Medical and sanitary report of the native army of Bengal for the year
Year: 1875
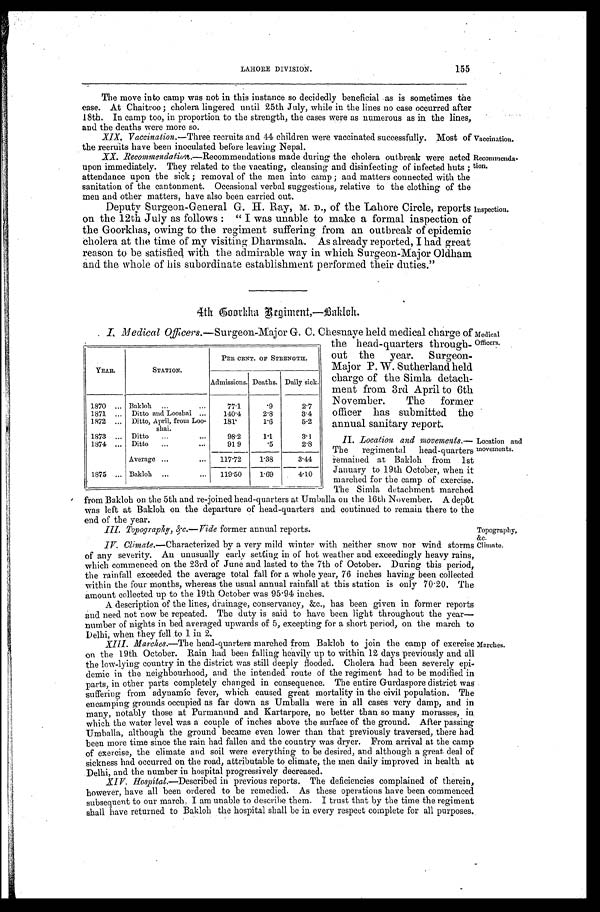
Inspection.
Medical
Officers.
Topography,
&c.
Climate.
155
LAHORE DIVISION.
The move into camp was not in this instance so decidedly beneficial as is sometimes the
case. At Chaitroo; cholera lingered until 25th July, while in the lines no ease occurred after
18th. In camp too, in proportion to the strength, the cases were as numerous as in the lines,
and the deaths were more so.
XIX. Vaccination.— Three recruits and 44 children were vaccinated successfully. Most of
the recruits have been inoculated before leaving Nepal.
Vaccination.
XX. Recommendation.—Recommendations made during the cholera outbreak were acted
upon immediately. They related to the vacating, cleansing and disinfecting of infected huts;
attendance upon the sick; removal of the men into camp; and matters connected with the
sanitation of the cantonment. Occasional verbal suggestions, relative to the clothing of the
men and other matters, have also been carried out.
Deputy Surgeon-General G. H. Ray, M. D., of the Lahore Circle, reports
on the 12th July as follows : "I was unable to make a formal inspection of
the Goorkhas, owing to the regiment suffering from an outbreak of epidemic
cholera at the time of my visiting Dharmsala. As already reported, I had great
reason to be satisfied with the admirable way in which Surgeon-Major Oldham
and the whole of his subordinate establishment performed their duties."
Recommenda-
tion.
4th Coorkha Regiment,—Bakloh.
I, Medical Officers. —Surgeon-Major G. C. Chesnaye held medical charge of
the head-quarters through-
out the year. Surgeon-
Major P. W. Sutherland held
charge of the Simla detach-
ment from 3rd April to 6th
November. The former
officer has submitted the
annual sanitary report.
II. Location and movements.—
The regimental head-quarters
remained at Bakloh from 1st
January to 19th October, when it
marched for the camp of exercise.
The Simla detachment marched
from Bakloh on the 5th and re-joined head-quarters at Umballa on the 16th November. A depôt
was left at Bakloh on the departure of head-quarters and continued to remain there to the
end of the year.
YEAR.
STATION.
PER CENT. OF STRENGTH.
Admissions. Deaths. Daily sick.
1870 . . . Bakloh . . .
77.1
.9
2.7
1871 . . .
Ditto and Looshni . . .
140.4
2.8
3.4
1872 . . .
Ditto, April, from Loo-
shai.
181
1.6
5.2
1873 . . .
Ditto . . .
98.2
1.1
3.1
1874 . . .
Ditto . . .
91. 9
.5
2.8
Average . . .
117.72
1.38
3.44
1875 . . . Bakloh . . .
119.50
1.69
4.10
Location and
movements.
III. Topography, &c.—Vide former annual reports.
IV. Climate .—Characterized by a very mild winter with neither snow nor wind storms
of any severity. An unusually early setting in of hot weather and exceedingly heavy rains,
which commenced on the 23rd of June and lasted to the 7th of October. During this period,
the rainfall exceeded the average total fall for a whole year, 76 inches having been collected
within the four months, whereas the usual annual rainfall at this station is only 70.20. The
amount collected up to the 19th October was 95.94 inches.
A description of the lines, drainage, conservancy, &c., has been given in former reports
and need not now be repeated. The duty is said to have been light throughout the year—
number of nights in bed averaged upwards of 5, excepting for a short period, on the march to
Delhi when they fell to 1 in 2.
XIII. Marches.—The head-quarters marched from Bakloh to join the camp of exercise
on the 19th. October. Rain had been falling heavily up to within 12 days previously and all
the low-lying country in the district was still deeply flooded. Cholera had been severely epi
-demic in the neighbourhood, and the intended route of the regiment had to be modified in
parts, in other parts completely changed in consequence. The entire Gurdaspore district was
suffering from adynamic fever, which caused great mortality in the civil population. The
encamping grounds occupied as far down as Umballa were in all cases very damp, and in
many, notably those at Purmanund and Kartarpore, no better than so many morasses, in
which the water level was a couple of inches above the surface of the ground. After passing
Umballa, although the ground became even lower than that previously traversed, there had
been more time since the rain had fallen and the country was dryer. From arrival at the camp
of exercise, the climate and soil were everything to be desired, and although a great deal of
sickness had occurred on the road, attributable to climate, the men daily improved in health at
Delhi and the number in hospital progressively decreased.
Marches.
XIV. Hospital.—Described
in previous reports. The deficiencies complained of therein,
however, have all been ordered to be remedied. As these operations have been commenced
subsequent to our march, I am unable to describe them. I trust that by the time the regiment
shall have returned to Bakloh the hospital shall be in every respect complete for all purposes.